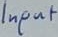
Text: Input